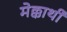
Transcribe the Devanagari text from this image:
मेक्कार्थी